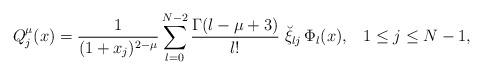
LaTeX: \begin{align*}Q^\mu_{j}(x)= \frac{1}{(1+x_j)^{2-\mu}} \sum^{N-2}_{l=0}\frac{\Gamma(l-\mu+3)}{l!}\; \breve \xi_{lj}\, \Phi_{l}(x),\;\;\; 1\le j\le N-1, \end{align*}